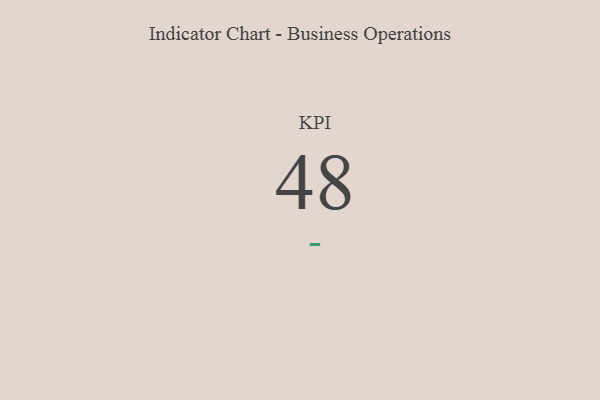
{"axis": {"x": "KPI", "y": "Value"}, "legend": [""], "data": [{"x": "KPI", "y": 48, "type": ""}]}